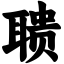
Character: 聩